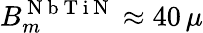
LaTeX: B_{m}^{\mathrm{~N~b~T~i~N~}}\approx 40\, \mu